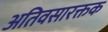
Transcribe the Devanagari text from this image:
अतिवसारक्तक